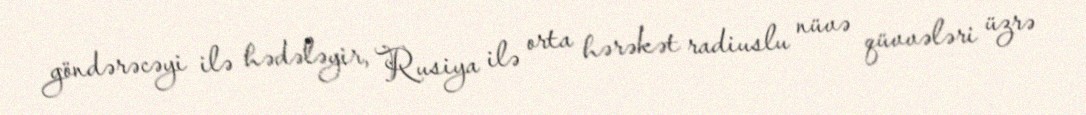
göndərəcəyi ilə hədələyir, Rusiya ilə orta hərəkət radiuslu nüvə qüvvələri üzrə